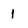
Character: 1